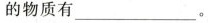
的物质有___。